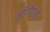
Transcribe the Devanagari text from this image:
तड़िगैपाड़ी